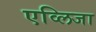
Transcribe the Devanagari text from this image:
एव्लिजा